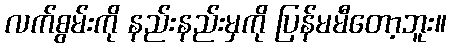
လက်စွမ်းကို နည်းနည်းမှကို ပြန်မမီတော့ဘူး။